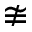
\ncong